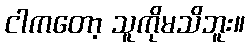
ငါကတော့ သူကိုမသိဘူး။